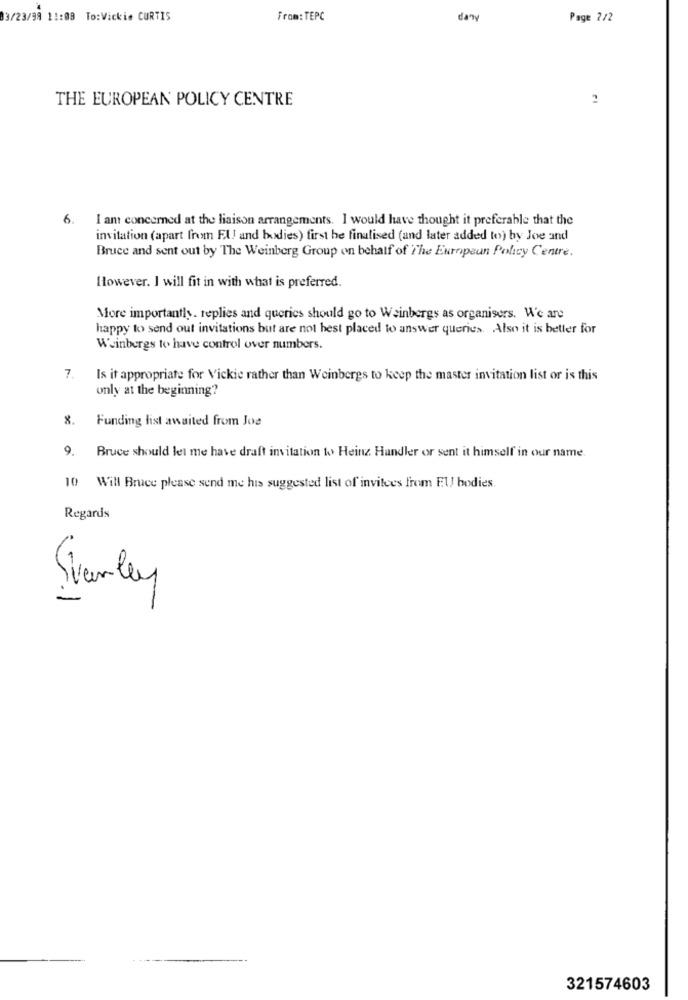
3/23/98 11:09 To:Vickie CURTIS
From: TEPC
dan
Page 2/2
THE EUROPEAN POLICY CENTRE
6.
I ant concerned at the liaison arrangements. I would have thought it preferable that the
invitation (apart from EU and bodies) first be finalised (and later added to) by Joe and
Bruce and sent out by The Weinberg Group on behalf of The European Policy Centre.
However. I will fit in with what is preferred.
More importantly. replies and queries should go to Weinbergs as organisers. We are
happy to send out invitations but are not best placed to answer queries. Also it is better for
Weinbergs to have control over numbers.
7.
Is it appropriate for Vickie rather than Weinbergs to keep the master invitation list or is this
only at the beginning?
8. Funding list awaited from Jos
9. Bruce should let me have draft invitation to Heinz Handler or sent it himself in our name.
10 Will Bruce please send me his suggested list of invitees from EU bodies.
Regards
Stanley
321574603